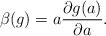
LaTeX: \begin{align*}\beta(g)=a \frac{\partial g(a)}{\partial a}.\end{align*}